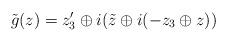
LaTeX: \begin{align*}\tilde{g}(z)= z_{3}^{\prime}\oplus i(\tilde{z}\oplus i(-z_{3}\oplus z))\end{align*}